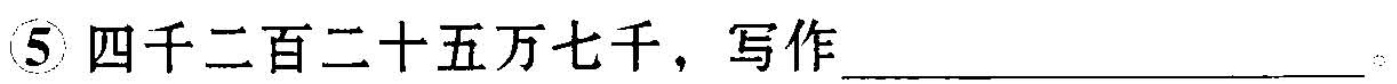
⑤四千二百二十五万七千，写作___。